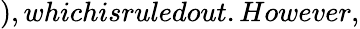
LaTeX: ),whichisruledout.However,